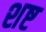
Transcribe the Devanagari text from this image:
शष्ट